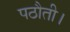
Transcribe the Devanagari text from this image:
पठौती।